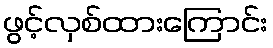
ဖွင့်လှစ်ထားကြောင်း